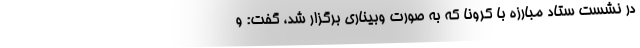
در نشست ستاد مبارزه با کرونا که به صورت وبیناری برگزار شد، گفت: و